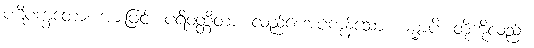
ပဋိပက္ခတော၊ အားဖြင့်။ ပရိဝတ္တိတာ၊ လည်စေအပ်ကုန်သော။ ဓမ္မာပိ၊ တို့ကိုလည်း။